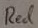
Text: Red